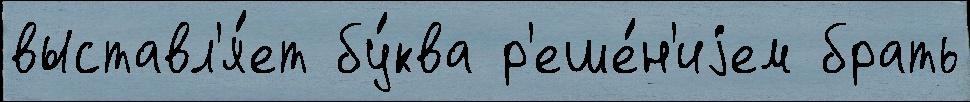
выставл'я́ет бу́ква р'еше́н'иjем брать